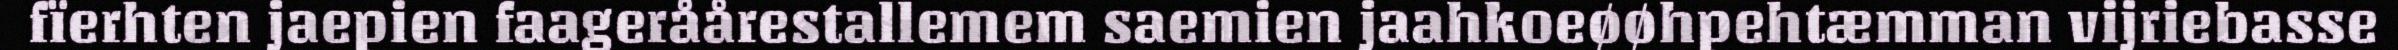
fïerhten jaepien faageråårestallemem saemien jaahkoeøøhpehtæmman vijriebasse